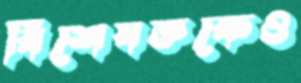
বিশেষজ্ঞকেও